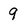
Character: 9